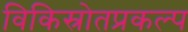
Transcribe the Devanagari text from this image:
विकिस्रोतप्रकल्प